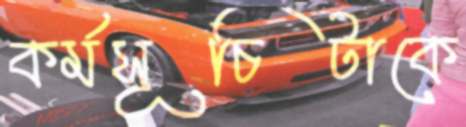
কর্মসূচিটাকে